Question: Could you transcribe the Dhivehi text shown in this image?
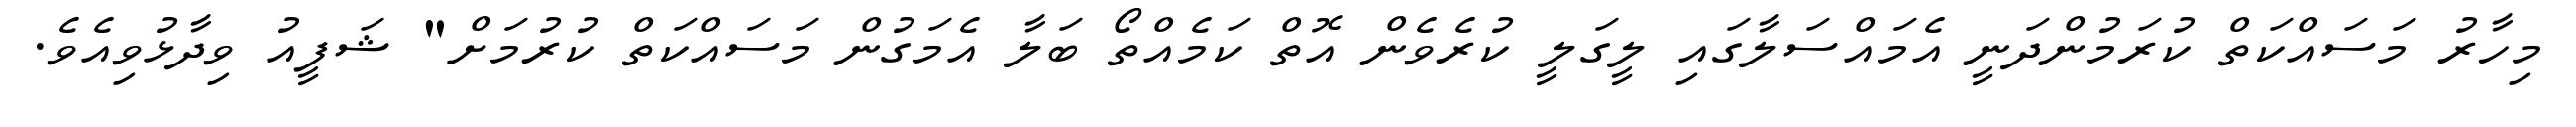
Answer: މިހާރު މަސައްކަތް ކުރަމުންދަނީ އެމައްސަލާގައި ލީގަލީ ކުރެވެން އޮތް ކަމެއްތޯ ބަލާ އެމަގުން މަސައްކަތް ކުރުމަށް" ޝަފީއު ވިދާޅުވިއެވެ.